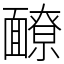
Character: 䩍